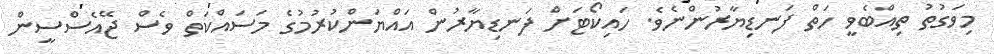
މިވަގުތު ތިއްބެވީ ހަތް ފަނޑިޔާރުންނެެވެ. ހައިކޯޓަށް ފަނޑިޔާރުން އައްޔަންކުރުމުގެ މަސައްކަތް ވެސް ޖޭއެސްސީން